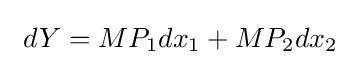
\ dY=MP_{1}dx_{1}+MP_{2}dx_{2}